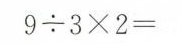
$$9 \div 3 \times 2 =$$